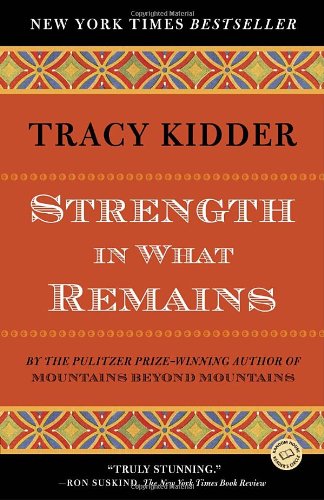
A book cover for Strength in What Remains (Random House Reader's Circle); Tracy Kidder; Biographies & Memoirs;